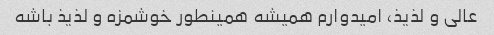
عالی و لذیذ، امیدوارم همیشه همینطور خوشمزه و لذیذ باشه